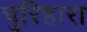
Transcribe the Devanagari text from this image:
चुरिहारा